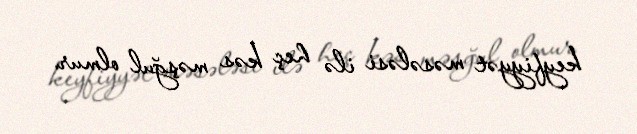
keyfiyyət məsələsi ilə heç kəs məşğul olmur.